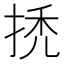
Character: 𢬳